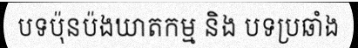
បទប៉ុនប៉ងឃាតកម្ម និង បទប្រឆាំង